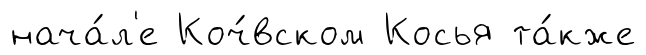
нача́л'е Коч́вском Косья та́кже